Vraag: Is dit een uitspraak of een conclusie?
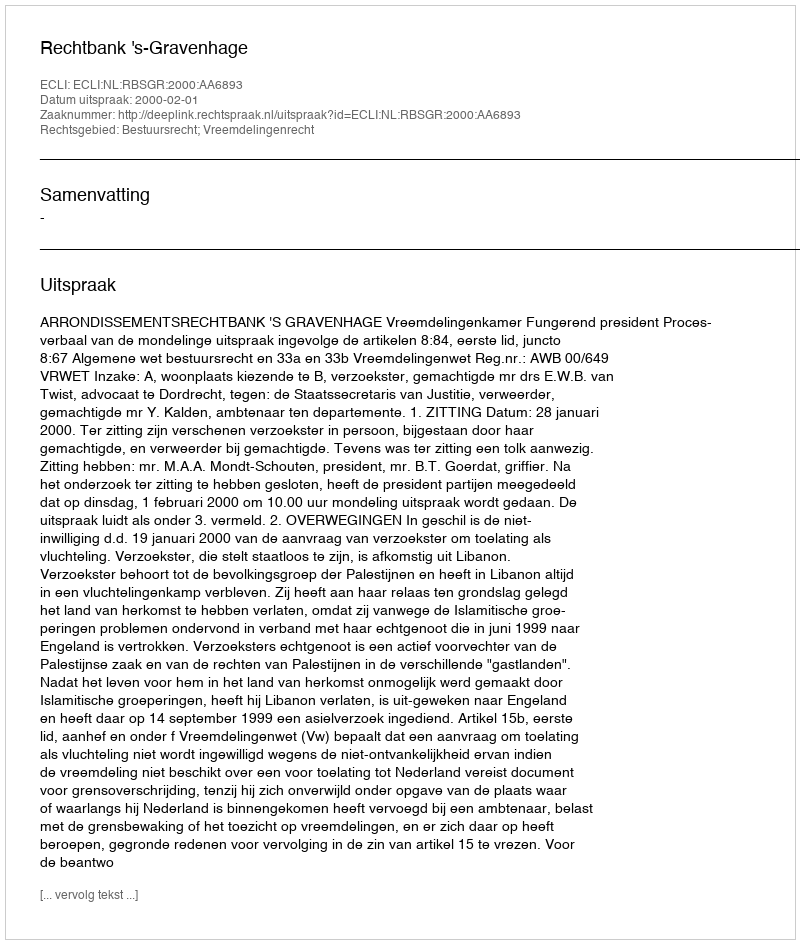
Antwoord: Uitspraak